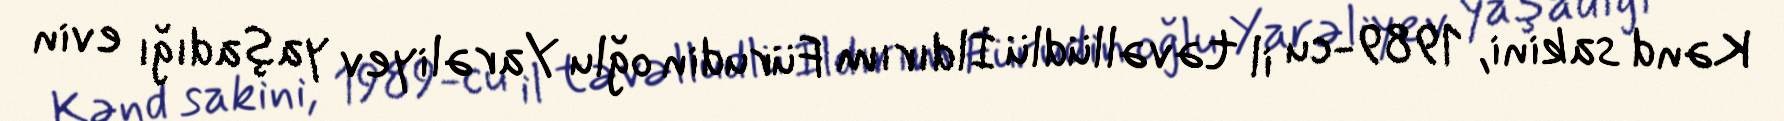
Kənd sakini, 1989-cu il təvəllüdlü İldırım Fürudin oğlu Yarəliyev yaşadığı evin